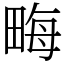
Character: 畮